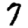
Digit: 7